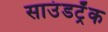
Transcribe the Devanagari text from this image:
साउंडट्रॅक